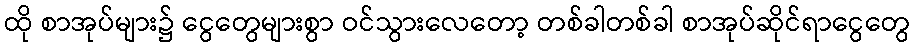
ထို စာအုပ်များ၌ ငွေတွေများစွာ ဝင်သွားလေတော့ တစ်ခါတစ်ခါ စာအုပ်ဆိုင်ရာငွေတွေ